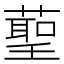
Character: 𮑞